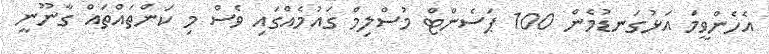
އެހެންވީމަ އަޅުގަނޑުމެން 100 ޕަސެންޓް މުސްލިމް ގައުމެއްގައި ވެސް މި ކަންތައްތައް ގާނޫނީ